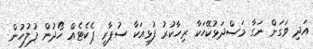
އަދި ވަގަށް ނަގާ މަސްދަޅުކޭހަކާ ރިހާކުރު ފުޅިއަކާ ސުޕާރީ ޕެކެޓެއް ހޯދުން ފުލުހުން